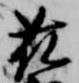
藤